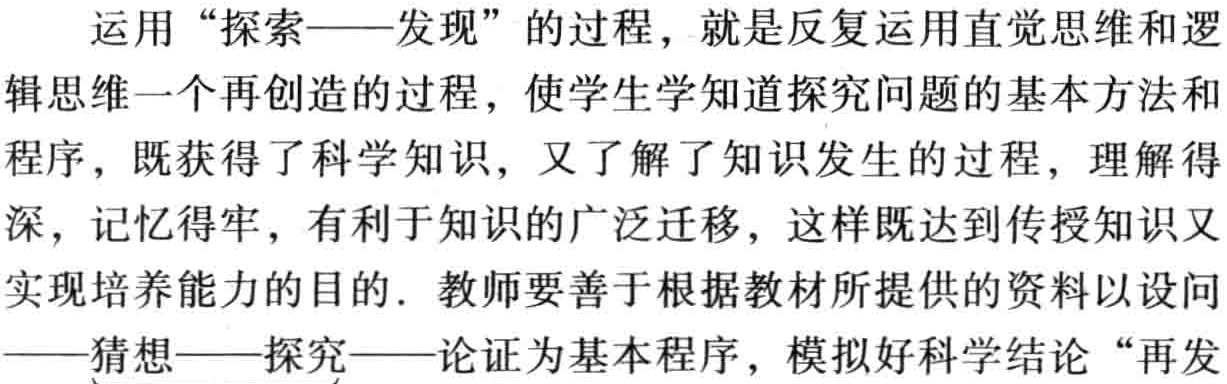
运用“探索——发现”的过程，就是反复运用直觉思维和逻

辑思维一个再创造的过程，使学生学知道探究问题的基本方法和

程序，既获得了科学知识，又了解了知识发生的过程，理解得

深，记忆得牢，有利于知识的广泛迁移，这样既达到传授知识又

实现培养能力的目的. 教师要善于根据教材所提供的资料以设问

——猜想——探究——论证为基本程序，模拟好科学结论“再发